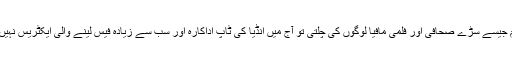
اگر تم جیسے سڑے صحافی اور فلمی مافیا لوگوں کی چلتی تو آج میں انڈیا کی ٹاپ اداکارہ اور سب سے زیادہ فیس لینے والی ایکٹریس نہیں بنتی۔